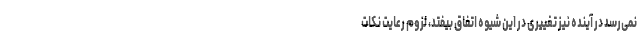
نمی‌رسد در آینده نیز تغییری در این شیوه اتفاق بیفتد، لزوم رعایت نکات